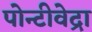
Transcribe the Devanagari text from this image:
पोन्टीवेद्रा